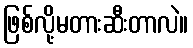
ဖြစ်လို့မတားဆီးတာလဲ။